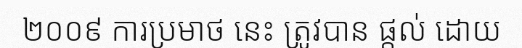
២០០៩ ការប្រមាថ នេះ ត្រូវបាន ផ្តល់ ដោយ